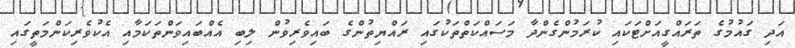
އަދި ގައުމުގެ ތަރައްގީއަށްޓަކައި ކުރަމުންގެންދާ މަސައްކަތްތަކުގައި ރައްޔިތުންގެ ބައިވެރިވުން ލިބި އެއްބައިވަންތަކަމާއި އެކުވެރިކަންމަތީގައި